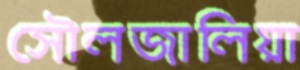
সৌলজালিয়া